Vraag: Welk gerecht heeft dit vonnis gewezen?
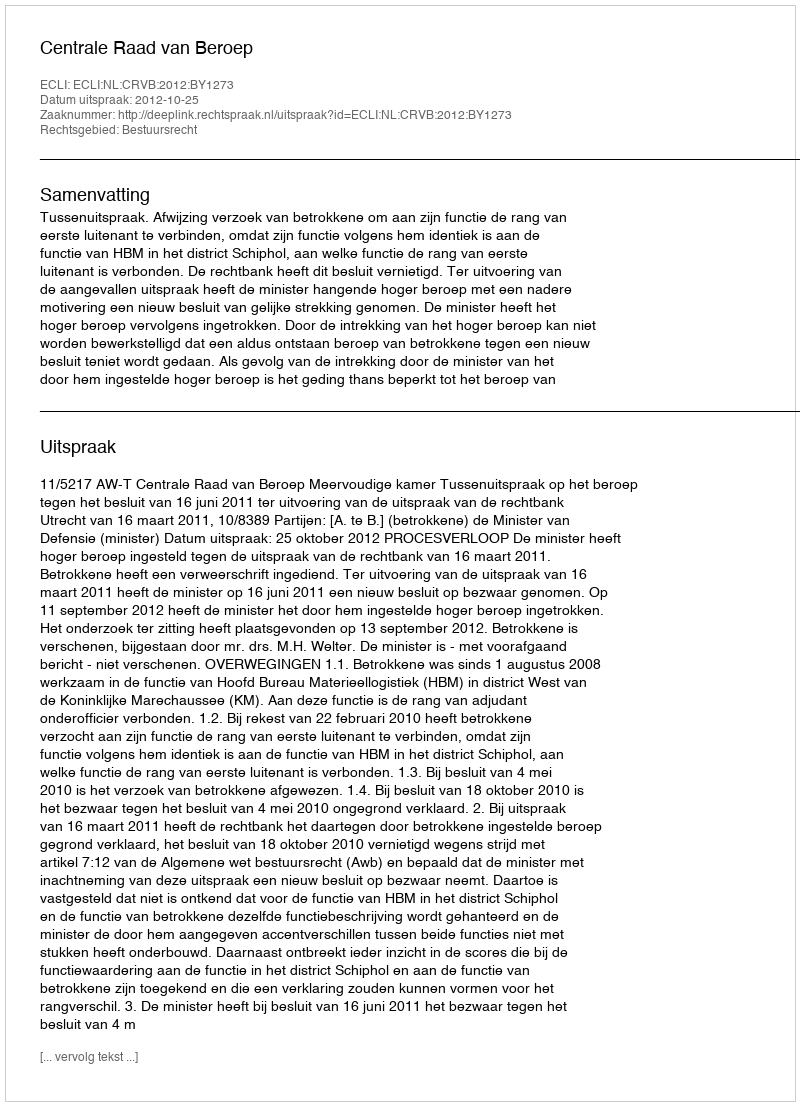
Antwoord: Centrale Raad van Beroep